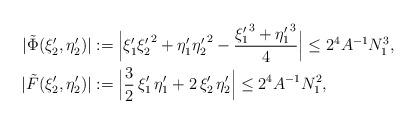
LaTeX: \begin{align*}|\tilde{\Phi} (\xi_2' ,\eta_2')| & := \Bigl| \xi_1' {\xi_2'}^2 + \eta_1' {\eta_2'}^2 - \frac{{\xi_1'}^3 + {\eta_1'}^3}{4} \Bigr|\leq 2^4 A^{-1} N_1^3 , \\|\tilde{F} (\xi_2' ,\eta_2')| & := \Bigl| \frac{3}{2} \, \xi_1' \, \eta_1' + 2 \, \xi_2' \, \eta_2' \Bigr|\leq 2^4 A^{-1} N_1^2,\end{align*}